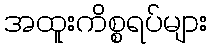
အထူးကိစ္စရပ်များ